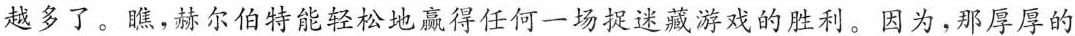
越多了。瞧，赫尔伯特能轻松地赢得任何一场捉迷藏游戏的胜利。因为，那厚厚的